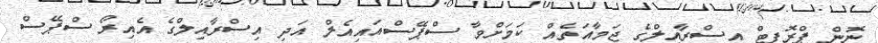
ނޮން ޕްރޮފިޓް އިސްރާއިލްގެ ޖަމާއަތެއް ކަމަށްވާ ސްޕޭސްއައިއެލް އަދި އިސްރާއިލްގެ އެއިރޯ ސްޕޭސް